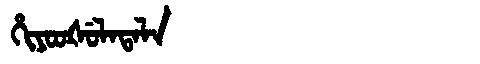
Manchu: ᡥᡳᠶᠣᠣᡧᡠᠯᠠᡨᠠᠯᠠ
Romanization: HIYOOŠULATALA